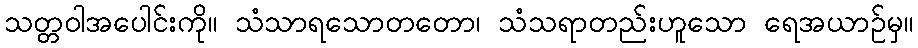
သတ္တဝါအပေါင်းကို။ သံသာရသောတတော၊ သံသရာတည်းဟူသော ရေအယာဉ်မှ။